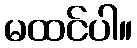
မထင်ပါ။